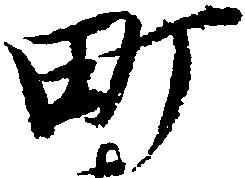
町